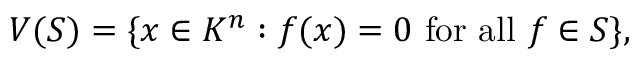
V ( S ) = \{ x \in K ^ { n } : f ( x ) = 0 { \mathrm { ~ f o r ~ a l l ~ } } f \in S \} ,